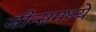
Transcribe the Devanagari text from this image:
जीन्समध्ये